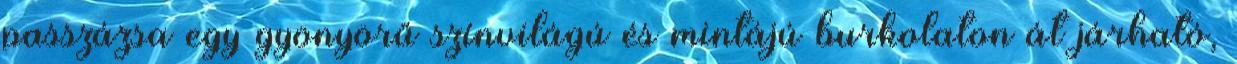
passzázsa egy gyönyörű színvilágú és mintájú burkolaton át járható,